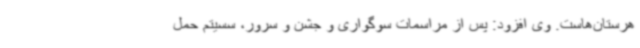
هرستان‌هاست. وی افزود: پس از مراسمات سوگواری و جشن و سرور، سسیتم حمل